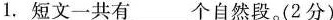
1，短文一共有___个自然段。(2分)